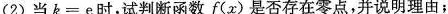
(2)当$$k = e$$时，试判断函数f(x)是否存在零点，并说明理由；